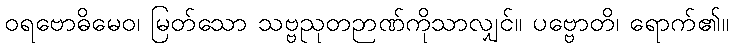
ဝရဗောဓိမေဝ၊ မြတ်သော သဗ္ဗညုတဉာဏ်ကိုသာလျှင်။ ပဗ္ဗောတိ၊ ရောက်၏။